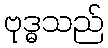
ဗုဒ္ဓသည်